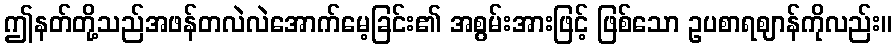
ဤနတ်တို့သည်အဖန်တလဲလဲအောက်မေ့ခြင်း၏ အစွမ်းအားဖြင့် ဖြစ်သော ဥပစာရဈာန်ကိုလည်း။